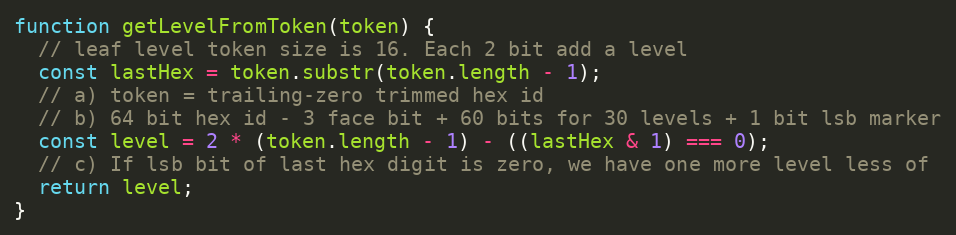
Language: JavaScript
function getLevelFromToken(token) {
  // leaf level token size is 16. Each 2 bit add a level
  const lastHex = token.substr(token.length - 1);
  // a) token = trailing-zero trimmed hex id
  // b) 64 bit hex id - 3 face bit + 60 bits for 30 levels + 1 bit lsb marker
  const level = 2 * (token.length - 1) - ((lastHex & 1) === 0);
  // c) If lsb bit of last hex digit is zero, we have one more level less of
  return level;
}